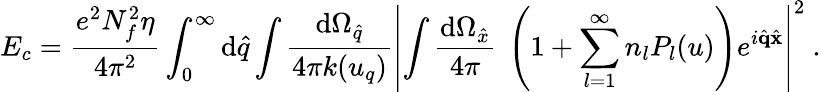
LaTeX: E_{c}=\frac{e^{2}N_{f}^{2}\eta}{4\pi^{2}}\int_{0}^{\infty}\mathrm{d}\hat{q}\int\frac{\mathrm{d}\Omega_{\hat{q}}}{4\pi k(u_{q})}\left|\int\frac{\mathrm{d}\Omega_{\hat{x}}}{4\pi}~\left(1+\sum_{l=1}^{\infty}n_{l}P_{l}(u)\right)e^{i\hat{\mathbf q}\hat{\mathbf x}}\right|^{2}~.